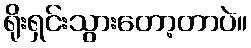
ရိုးရှင်းသွားတော့တာပဲ။